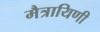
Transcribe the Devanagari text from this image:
मैत्रायिणी